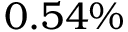
0 . 5 4 \%